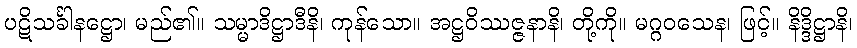
ပဋိသင်္ခါနဋ္ဌော၊ မည်၏။ သမ္မာဒိဋ္ဌာဒီနိ၊ ကုန်သော။ အဋ္ဌဝိဿဇ္ဇနာနိ၊ တို့ကို။ မဂ္ဂဝသေန၊ ဖြင့်။ နိဒ္ဒိဋ္ဌာနိ၊